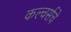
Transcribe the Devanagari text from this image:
कल्चर्सचे